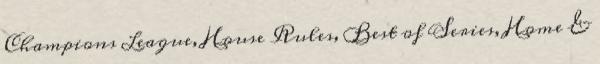
Champions League, House Rules, Best of Series, Home &